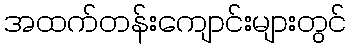
အထက်တန်းကျောင်းများတွင်